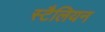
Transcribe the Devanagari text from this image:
स्टैलियन